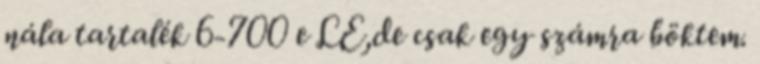
nála tartalék 6-700 e LE,de csak egy számra böktem.